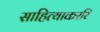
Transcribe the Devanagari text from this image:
साहित्याकररि